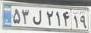
۵۳ل۲۱۴۱۹